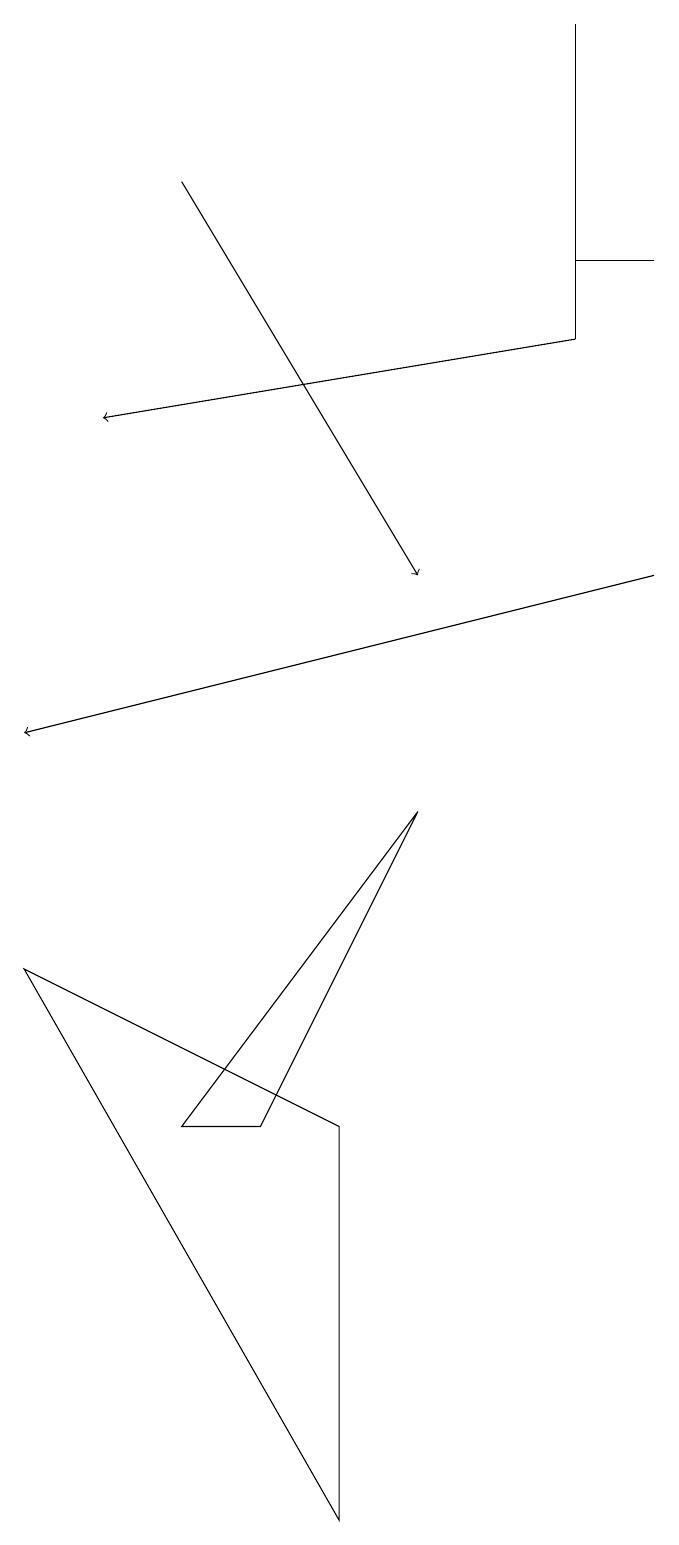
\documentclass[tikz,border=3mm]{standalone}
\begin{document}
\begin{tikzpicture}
\draw (1,7) -- (5,0) -- (5,5) -- cycle;
\draw (6,9) -- (3,5) -- (4,5) -- cycle;
\draw (9,16) rectangle (8,16);
\draw (8,19) rectangle (8,15);
\draw[->] (3,17) -- (6,12);
\draw[->] (8,15) -- (2,14);
\draw[->] (9,12) -- (1,10);
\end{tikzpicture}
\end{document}